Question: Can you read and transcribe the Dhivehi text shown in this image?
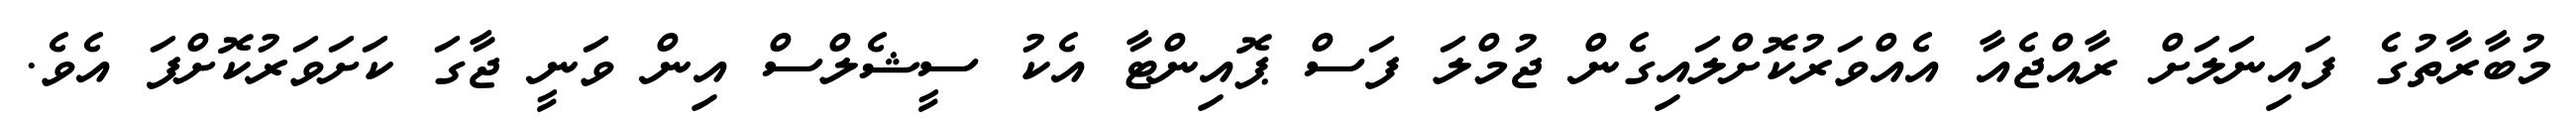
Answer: މުބާރާތުގެ ފައިނަލަށް ރާއްޖެއާ އެއްވަރުކޮށްލައިގެން ޖުމްލަ ފަސް ޕޮއިންޓާ އެކު ސީޝެލްސް އިން ވަނީ ޖާގަ ކަށަވަރުކޮށްފަ އެވެ.